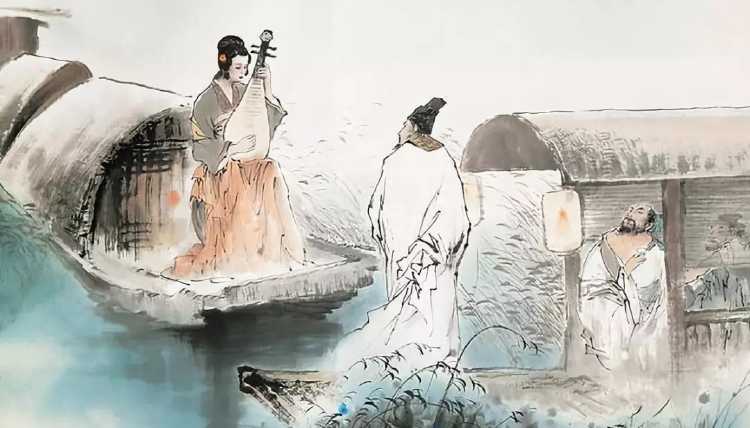
春江花朝秋月夜，往往取酒还独倾。